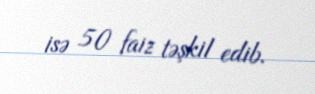
isə 50 faiz təşkil edib.